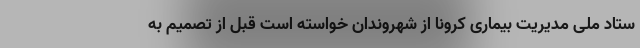
ستاد ملی مدیریت بیماری کرونا از شهروندان خواسته است قبل از تصمیم به